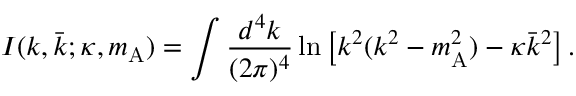
I ( k , \bar { k } ; \kappa , m _ { \mathrm { A } } ) = \int \frac { d ^ { 4 } k } { ( 2 \pi ) ^ { 4 } } \ln \left[ k ^ { 2 } ( k ^ { 2 } - m _ { \mathrm { A } } ^ { 2 } ) - \kappa \bar { k } ^ { 2 } \right] .